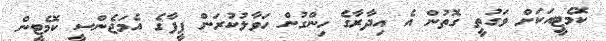
ކޮމެޓީއަކަށް ވަގުތީ ގޮތުން އެ އިދާރާގެ ހިންގުން ހަވާލުކުރަން ފީފާގެ އެމަޖެންސީ ކޮމެޓީން